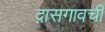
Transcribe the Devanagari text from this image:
द़ासगावची